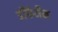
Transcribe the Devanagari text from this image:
डॉर्फमैन